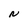
Character: N